Sketch of the medical history of the native army of Bombay, for the year
Year: 1872
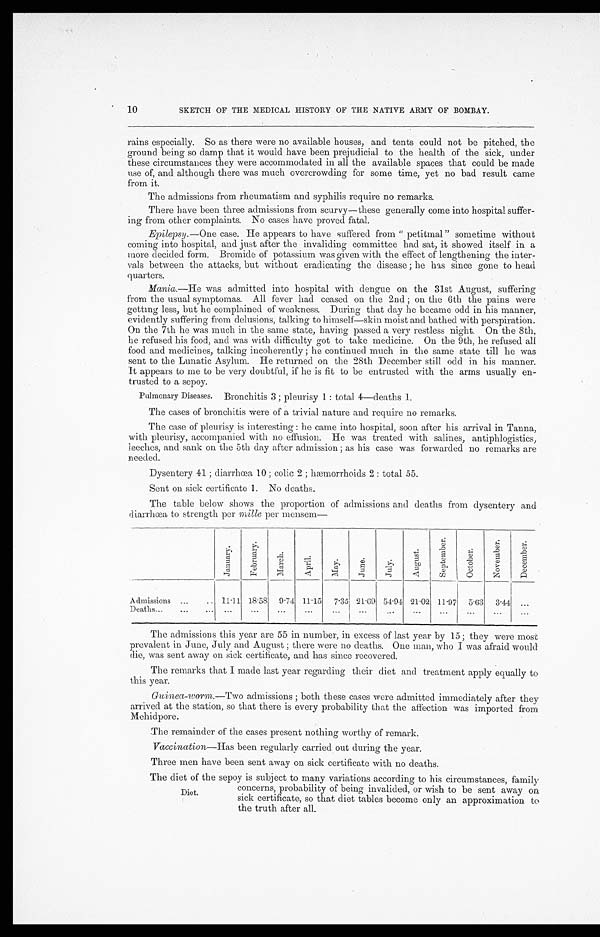
10
SKETCH OF THE MEDICAL HISTORY OF THE NATIVE ARMY OF BOMBAY.
rains especially. So as there were no available houses, and tents could not be pitched, the
ground being so damp that it would have been prejudicial to the health of the sick, under
these circumstances they were accommodated in all the available spaces that could be made
use of, and although there was much overcrowding for some time, yet no bad result came
from it.
The admissions from rheumatism and syphilis require no remarks.
There have been three admissions from scurvy—these generally come into hospital suffer
-ing from other complaints. No cases have proved fatal.
Epilepsy .—One case. He appears to have suffered from "petitmal" sometime without
coming into hospital, and just after the invaliding committee had sat, it showed itself in a
more decided form. Bromide of potassium was given with the effect of lengthening the inter
-vals between the attacks, but without eradicating the disease; he has since gone to head
quarters.
Mania.—He was admitted into hospital with dengue on the 31st August, suffering
from the usual symptomas. All fever had ceased on the 2nd; on the 6th the pains were
getting less, but he complained of weakness. During that day he became odd in his manner,
evidently suffering from delusions, talking to himself—skin moist and bathed with perspiration.
On the 7th he was much in the same state, having passed a very restless night. On the 8th,
he refused his food, and was with difficulty got to take medicine. On the 9th, he refused all
food and medicines, talking incoherently; he continued much in the same state till he was
sent to the Lunatic Asylum. He returned on the 28th December still odd in his manner.
It appears to me to be very doubtful, if he is fit to be entrusted with the arms usually en
-trusted to a sepoy.
Pulmonary Diseases. Bronchitis 3; pleurisy 1: total 4—deaths 1.
The cases of bronchitis were of a trivial nature and require no remarks.
The case of pleurisy is interesting: he came into hospital, soon after his arrival in Tanna,
with pleurisy, accompanied with no effusion. He was treated with salines, antiphlogistics,
leeches, and sank on the 5th day after admission; as his case was forwarded no remarks are
needed.
Dysentery 41; diarrhœa 10; colic 2; hæmorrhoids 2: total 55.
Sent on sick certificate 1. No deaths.
The table below shows the proportion of admissions and deaths from dysentery and
diarrhœa to strength per mille per mensem—
J a n u a r y .
F e b r u a r y .
M a r c h .
A p r i l .
M a y .
J u n e .
J u l y .
A u g u s t .
S e p t m b e r .
O c t o b e r .
N o v e m b e r .
D e c e m b e r .
Admissions . . . 11.11 18.58
9.74 11.15
7.35 21.69 54.94 21.02 11.97
5.63
3.44 . . .
Deaths . . .
. . .
. . .
. . .
. . .
. . . . . .
. . .
. . .
. . .
. . .
. . .
. . .
The admissions this year are 55 in number, in excess of last year by 15; they were most
prevalent in June, July and August; there were no deaths. One man, who I was afraid would
die, was sent away on sick certificate, and has since recovered.
The remarks that I made last year regarding their diet and treatment apply equally to
this year.
Guinea-worm .—Two admissions; both these cases were admitted immediately after they
arrived at the station, so that there is every probability that the affection was imported from
Mehidpore.
The remainder of the cases present nothing worthy of remark.
Vaccination— Has been regularly carried out during the year.
Three men have been sent away on sick certificate with no deaths.
The diet of the sepoy is subject to many variations according to his circumstances, family
concerns, probability of being invalided, or wish to be sent away on
sick certificate, so that diet tables become only an approximation to
the truth after all.
Diet.